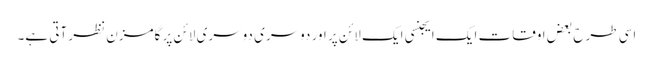
اسی طرح بعض اوقات ایک ایجنسی ایک لائن پر اور دوسری دوسری لائن پر گامزن نظر آتی ہے۔